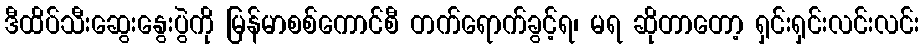
ဒီထိပ်သီးဆွေးနွေးပွဲကို မြန်မာစစ်ကောင်စီ တက်ရောက်ခွင့်ရ၊ မရ ဆိုတာတော့ ရှင်းရှင်းလင်းလင်း